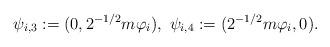
LaTeX: \begin{align*}\psi_{i,3}:=(0,2^{-1/2}m\varphi_i),\ \psi_{i,4}:=(2^{-1/2}m\varphi_i,0).\end{align*}